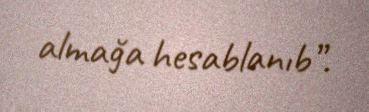
almağa hesablanıb”.